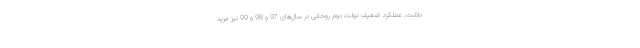
داشت. عملکرد ضعیف دولت دوم روحانی در سال‌های 97 و 98 و 99 نیز مزید